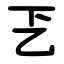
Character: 乤